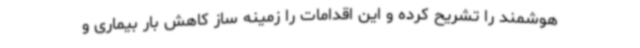
هوشمند را تشریح کرده و این اقدامات را زمینه ساز کاهش بار بیماری و